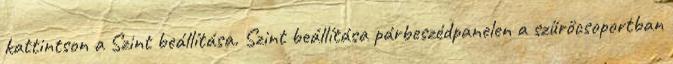
kattintson a Szint beállítása. Szint beállítása párbeszédpanelen a szűrőcsoportban